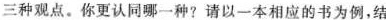
三种观点。你更认同哪一种?请以一本相应的书为例，结